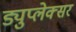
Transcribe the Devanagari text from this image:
ड्युप्लेक्सर